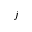
j